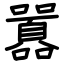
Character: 囂